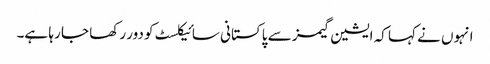
انہوں نے کہا کہ ایشین گیمز سے پاکستانی سائیکلسٹ کو دور رکھا جا رہا ہے۔